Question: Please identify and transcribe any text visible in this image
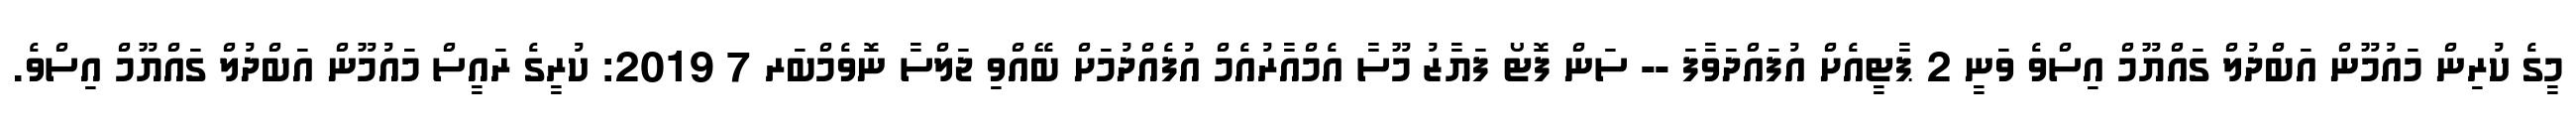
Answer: މީގެ ކުރިން މައުމޫން އަބްދުލް ގައްޔޫމް އިސްވެ ވަނީ 2 ޕާޓީއެށް އުފައްދަވާފަ -- ސަން ފޮޓޯ ފަޔާޒު މޫސާ އެމްއާރުއެމް އުފެއްދުމަށް ބޭއްވި ޖަލްސާ ނޮވެމްބަރ 7 2019: ކުރީގެ ރައީސް މައުމޫން އަބްދުލް ގައްޔޫމް އިސްވެ.